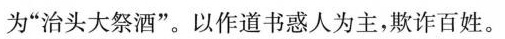
为”治头大祭酒”。以作道书惑人为主，欺诈百姓。